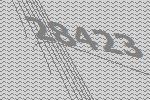
28423